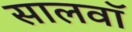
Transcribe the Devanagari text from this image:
सालवाॅ